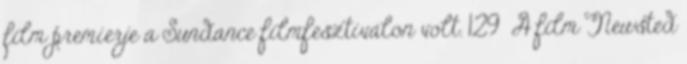
film premierje a Sundance filmfesztiválon volt. 129 A film Newsted